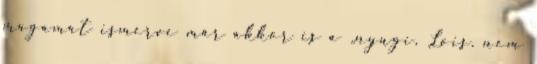
magamat ismerve már akkor is a „nyugi, Lois. nem